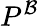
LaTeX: P^{\mathcal{B}}